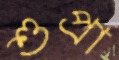
শুপ্রা